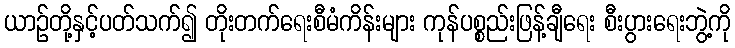
ယာဉ်တို့နှင့်ပတ်သက်၍ တိုးတက်ရေးစီမံကိန်းများ ကုန်ပစ္စည်းဖြန့်ချီရေး စီးပွားရေးဘွဲ့ကို